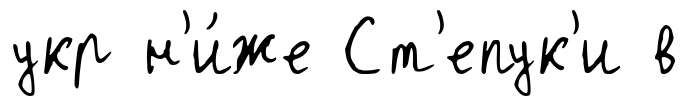
укр н'и́же Ст'епук'и в